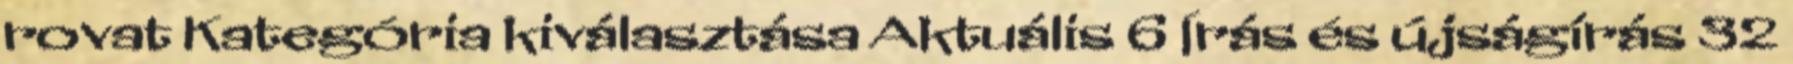
rovat Kategória kiválasztása Aktuális 6 Írás és újságírás 32